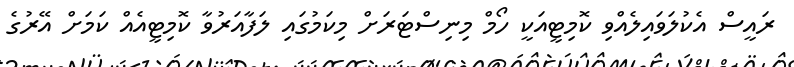
ރައީސް އެކުލަވައިލެއްވި ކޮމިޓީއަކީ ހޯމް މިނިސްޓަރަށް މިކަމުގައި ލަފާއަރުވާ ކޮމިޓީއެއް ކަމަށް އޭރުގެ